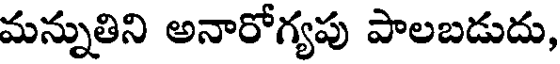
మన్నుతిని అనారోగ్యపు పాలబడుదు,